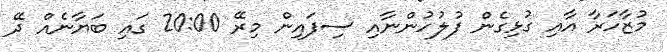
މުޒާހަރާ އާއި ގުޅިގެން ފުލުހުންނާއި ސިފައިން މިރޭ 20:00 ގައި ބަޔާނެއް ދޭ